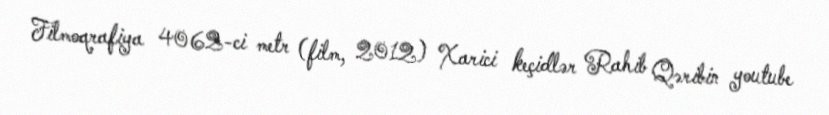
Filmoqrafiya 4062-ci metr (film, 2012) Xarici keçidlər Rahib Qəribin youtube